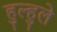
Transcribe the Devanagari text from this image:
हुल्हुले